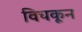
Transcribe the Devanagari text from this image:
विचकून